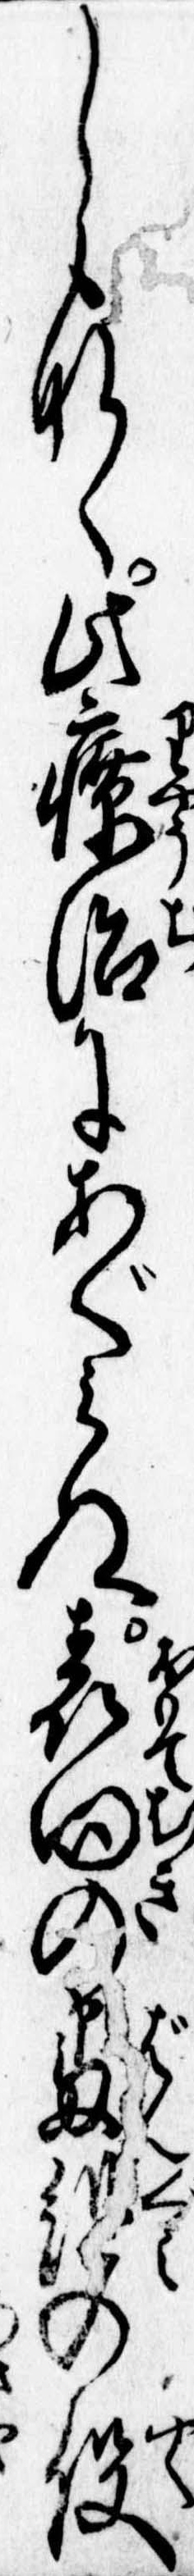
しもなく此療治にあぐみぬ表向の番組の役